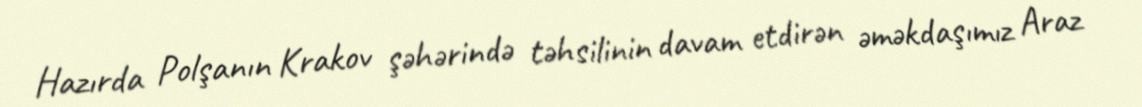
Hazırda Polşanın Krakov şəhərində təhsilinin davam etdirən əməkdaşımız Araz